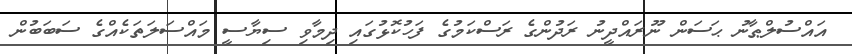
އައްސުލްޠާނު ޙަސަން ނޫރައްދީނު ރަދުންގެ ރަސްކަމުގެ ފަހުކޮޅުގައި ދިމާވި ސިޔާސީ މައްސަލަތަކެއްގެ ސަބަބުން